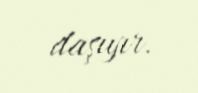
daşıyır.